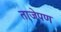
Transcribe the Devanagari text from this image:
ताजेपण